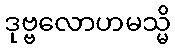
ဒုဗ္ဗလောဟမသ္မိ